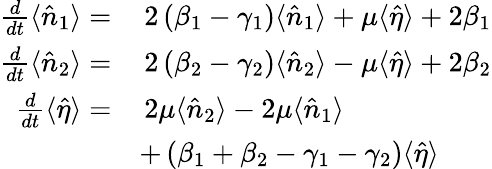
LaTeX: \begin{array}{rl}{\frac{d}{dt}\langle\hat{n}_{1}\rangle=}&{\, 2\left(\beta_{1}-\gamma_{1}\right)\langle\hat{n}_{1}\rangle+\mu\langle\hat{\eta}\rangle+2\beta_{1}}\\ {\frac{d}{dt}\langle\hat{n}_{2}\rangle=}&{\, 2\left(\beta_{2}-\gamma_{2}\right)\langle\hat{n}_{2}\rangle-\mu\langle\hat{\eta}\rangle+2\beta_{2}}\\ {\frac{d}{dt}\langle\hat{\eta}\rangle=}&{\, 2\mu\langle\hat{n}_{2}\rangle-2\mu\langle\hat{n}_{1}\rangle}\\ &{+\left(\beta_{1}+\beta_{2}-\gamma_{1}-\gamma_{2}\right)\langle\hat{\eta}\rangle}\end{array}